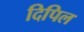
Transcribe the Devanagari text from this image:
दिपिल